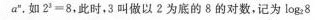
a^n,如2^3=8，此时，3叫做以2为底的8的对数，记为long_{2}8